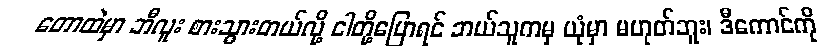
တောထဲမှာ ဘီလူး စားသွားတယ်လို့ ငါတို့ပြောရင် ဘယ်သူကမှ ယုံမှာ မဟုတ်ဘူး၊ ဒီကောင်ကို